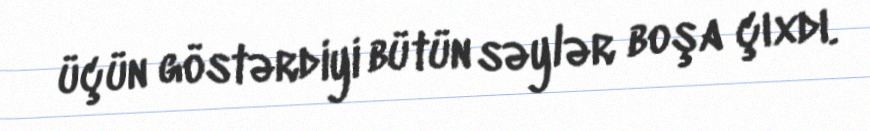
üçün göstərdiyi bütün səylər boşa çıxdı.